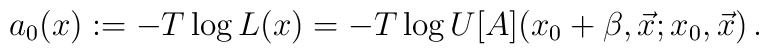
a_0(x) := -T \log L(x) = -T \log U[A](x_0+\beta,\vec x;x_0,\vec x)   \,.